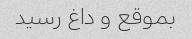
بموقع و داغ رسید